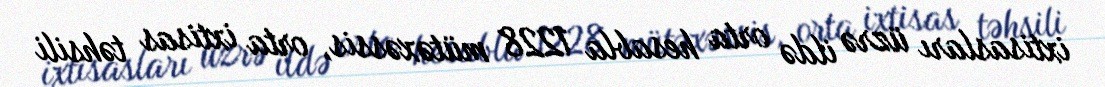
ixtisasları üzrə ildə orta hesabla 1228 mütəxəssis, orta ixtisas təhsili